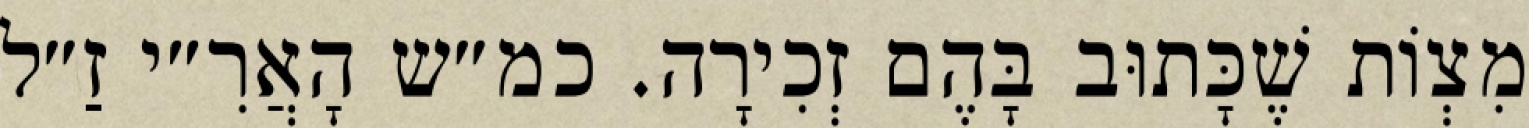
מִצְוֹת שֶׁכָּתוּב בָּהֶם זְכִירָה. כמ״ש הָאֲרִ״י זַ״ל